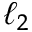
\ell _ { 2 }